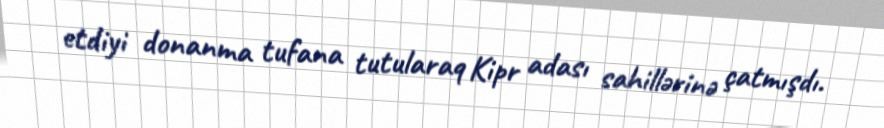
etdiyi donanma tufana tutularaq Kipr adası sahillərinə çatmışdı.